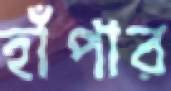
হাঁপার